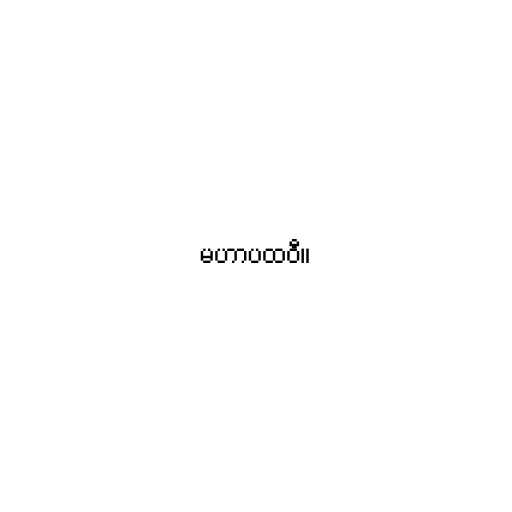
မဟာပထဝီ။